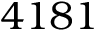
4 1 8 1